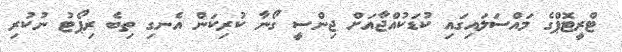
ޓްރީޓޮޕްގެ މައްސަލައިގައި ކުޑަކުއްޖާއަށް ޖިންސީ ގޯނާ ކުރިކަން އެނގި ތިބެ ރިޕޯޓު ނުކުރި